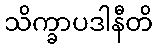
သိက္ခာပဒါနီတိ